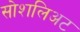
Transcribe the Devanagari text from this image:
सोशलिअट